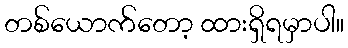
တစ်ယောက်တော့ ထားရှိရမှာပါ။